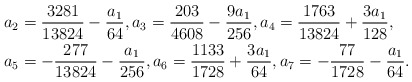
\begin{align*}&a_2 = \frac{3281}{13824} - \frac{a_1}{64}, a_3 = \frac{203}{4608} - \frac{9 a_1}{256},a_4 = \frac{1763}{13824} + \frac{3 a_1}{128}, \\&a_5 = -\frac{277}{13824} - \frac{a_1}{256},a_6 = \frac{1133}{1728} + \frac{3 a_1}{64}, a_7 = -\frac{77}{1728} - \frac{a_1}{64}.\end{align*}